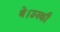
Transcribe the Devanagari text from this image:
थे।उनकी